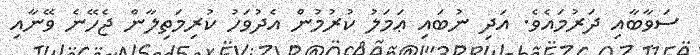
ސަވާބާއި ދަރުމައެވެ. އަދި ނުބައި ޢަމަލު ކުރުމުން އެދުވަހު ކުރިމަތިލާން ޖެހޭނެ ވޭނާއި